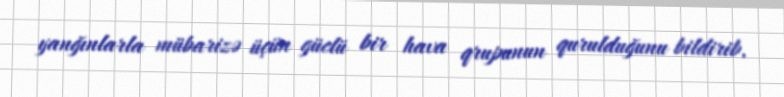
yanğınlarla mübarizə üçün güclü bir hava qrupunun qurulduğunu bildirib.